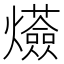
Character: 𤒷